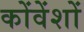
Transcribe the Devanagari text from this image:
कोंवेंशों